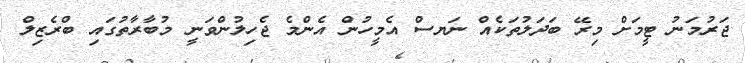
ޖަރުމަނު ޓީމަށް މިރޭ ބަދަލުތަކެއް ނަޔސް އެމީހުން އެންމެ ޖެހިލުންވަނީ މުބާރާތުގައި ބްރެޒިލް